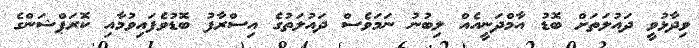
ވިދާޅުވީ ދައުލަތަށް ބޮޑު އާމްދަނީއެއް ލިބުނު ނަމަވެސް ދައުލަތުގެ އިސްރާފު ބޮޑުވެފައިވުމާއި ކޮރަޕްޝަންގެ